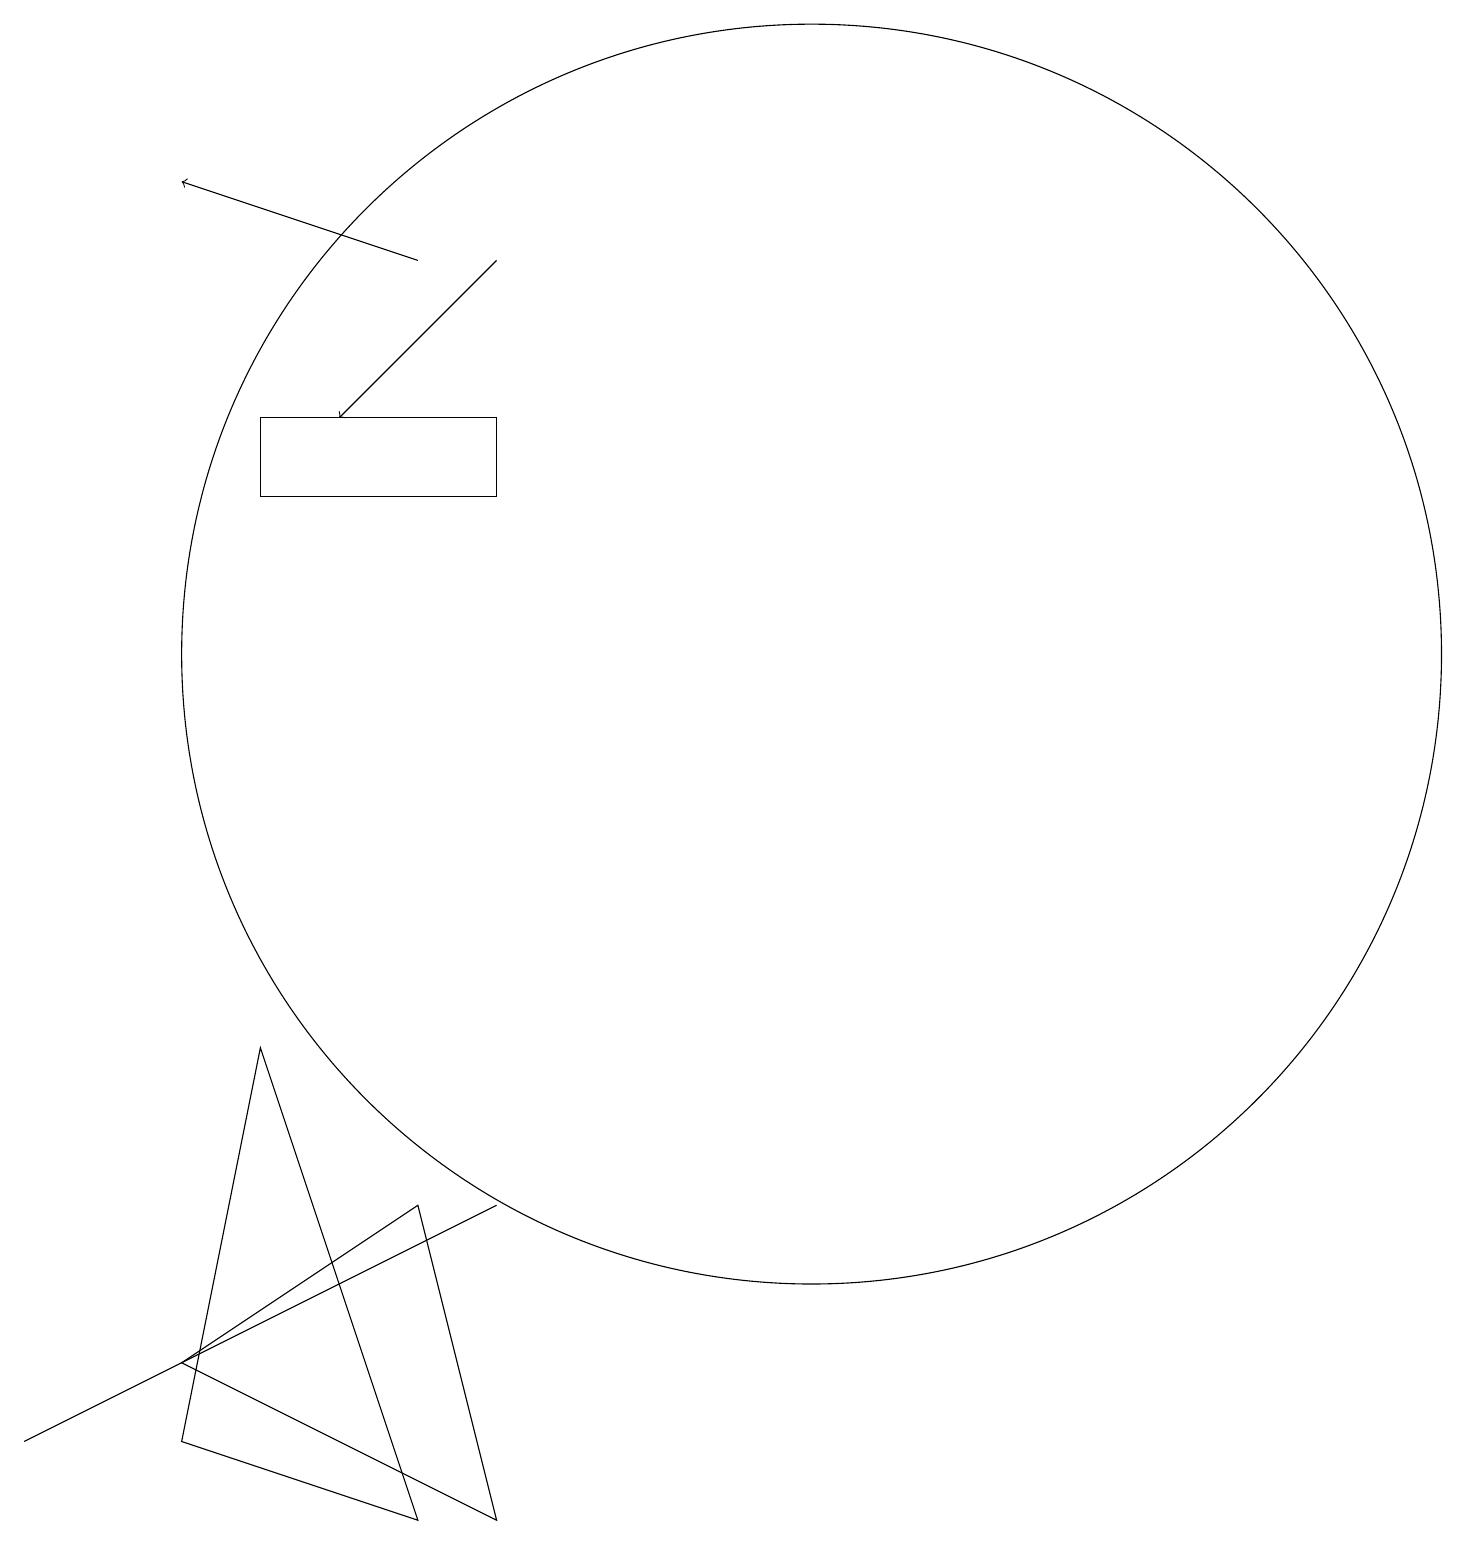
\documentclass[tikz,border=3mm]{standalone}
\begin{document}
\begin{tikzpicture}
\draw (6,5) -- (2,3) -- (0,2) -- cycle;
\draw (5,1) -- (3,7) -- (2,2) -- cycle;
\draw[->] (5,17) -- (2,18);
\draw (10,12) circle (8);
\draw (12,11) circle (0);
\draw (6,1) -- (5,5) -- (2,3) -- cycle;
\draw (3,15) rectangle (6,14);
\draw[->] (6,17) -- (4,15);
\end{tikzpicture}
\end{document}